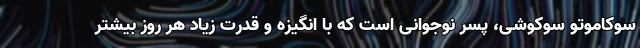
سوکاموتو سوکوشی، پسر نوجوانی است که با انگیزه و قدرت زیاد هر روز بیشتر